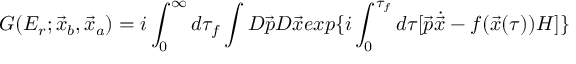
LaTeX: G ( E _ { r } ; \vec { x } _ { b } , \vec { x } _ { a } ) = i \int _ { 0 } ^ { \infty } d \tau _ { f } \int { \cal D } \vec { p } { \cal D } \vec { x } e x p \{ i \int _ { 0 } ^ { \tau _ { f } } d \tau [ \vec { p } \dot { \vec { x } } - f ( \vec { x } ( \tau ) ) H ] \}